Malaria in India - Number 2
Disease focus: Malaria
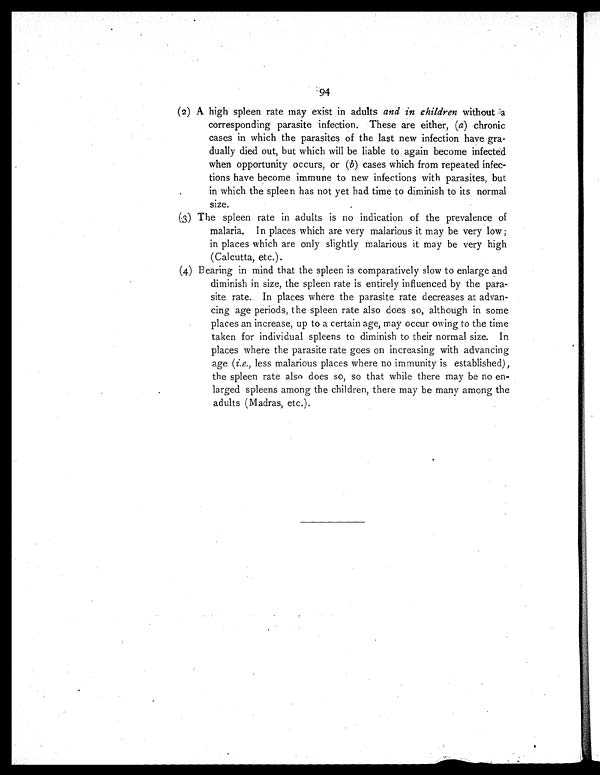
94
(2) A high spleen rate may exist in adults and in children without a
corresponding parasite infection. These are either, ( a) chronic
cases in which the parasites of the last new infection have gra-
dually died out, but which will be liable to again become infected
when opportunity occurs, or (b ) cases which from repeated infec-
tions have become immune to new infections with parasites, but
in which the spleen has not yet had time to diminish to its normal
size.
(3) The spleen rate in adults is no indication of the prevalence of
malaria. In places which are very malarious it may be very low
; i n p l a c e s w h i c h a r e o n l y s l i g h t l y m a l a r i o u s i t m a y b e v e r y h i g h
(Calcutta, etc.).
(4) Bearing in mind that the spleen is comparatively slow to enlarge and
diminish in size, the spleen rate is entirely influenced by the para-
site rate. In places where the parasite rate decreases at advan-
cing age periods, the spleen rate also does so, although in some
places an increase, up to a certain age, may occur owing to the time
taken for individual spleens to diminish to their normal size. In
places where the parasite rate goes on increasing with advancing
age ( i.e., less malarious places where no immunity is established),
the spleen rate also does so, so that while there may be no en-
larged spleens among the children, there may be many among the
adults (Madras, etc.).